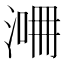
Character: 𣸙